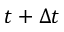
t + \Delta t